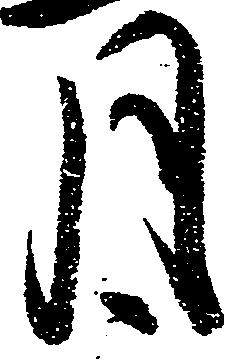
月